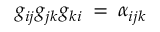
g _ { i j } g _ { j k } g _ { k i } \: = \: \alpha _ { i j k }